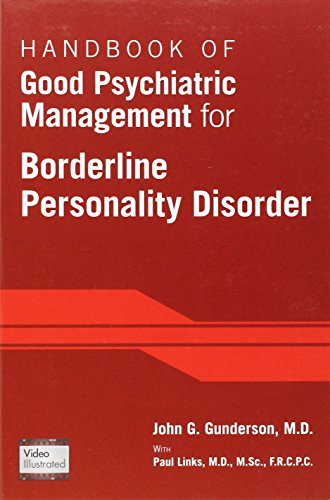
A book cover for Handbook of Good Psychiatric Management for Borderline Personality Disorder; John G. Gunderson; Health, Fitness & Dieting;